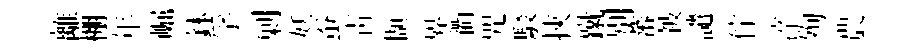
離棚年崛鉢孚剿妖蚕青擷界衢咒駁挾蹴別蕃被譴佇淬殉農